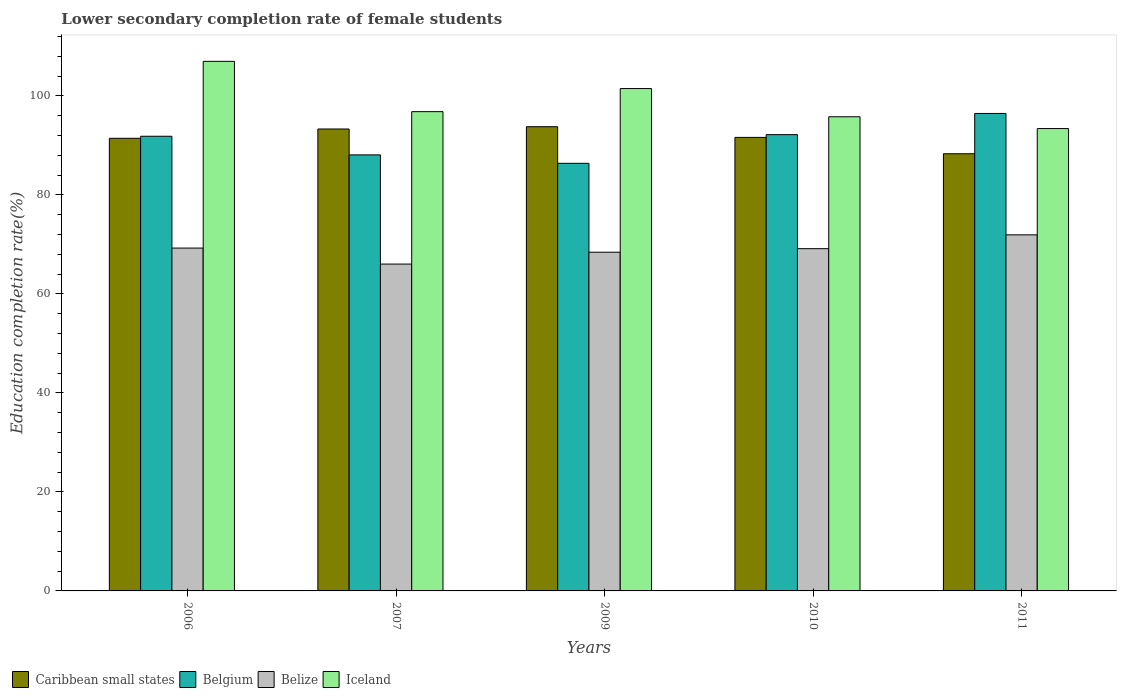
| Years | Caribbean small states | Belgium | Belize | Iceland |
 | --- | --- | --- | --- | --- |
 | 2006 | 91.4 | 91.8 | 69.3 | 107 |
 | 2007 | 93.3 | 88.1 | 66 | 96.8 |
 | 2009 | 93.8 | 86.4 | 68.4 | 101 |
 | 2010 | 91.6 | 92.2 | 69.1 | 95.8 |
 | 2011 | 88.3 | 96.5 | 71.9 | 93.4 |